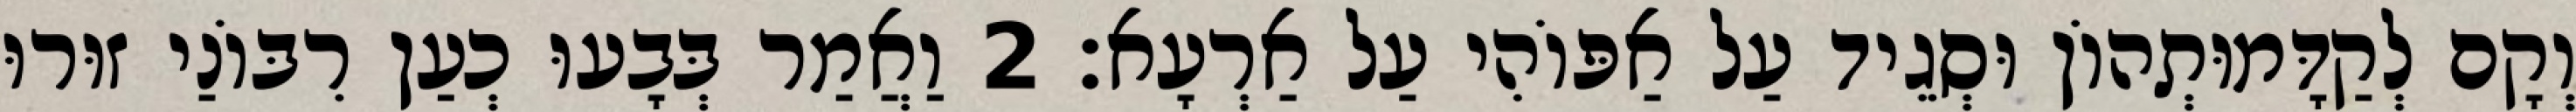
וְקָם לְקַדָּמוּתְהוֹן וּסְגֵיד עַל אַפּוֹהִי עַל אַרְעָא׃ 2 וַאֲמַר בְּבָעוּ כְעַן רִבּוֹנַי זוּרוּ